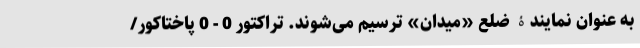
به عنوان نمایندۀ ضلع «میدان» ترسیم می‌شوند. تراکتور 0 - 0 پاختاکور/